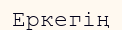
Еркегің